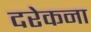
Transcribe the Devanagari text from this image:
दरेकना